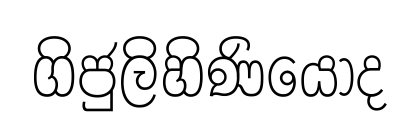
ගිජුලිහිණියෝද